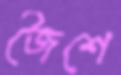
জৈশে